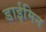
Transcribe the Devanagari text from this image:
डाईमिन